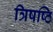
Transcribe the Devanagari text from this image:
त्रिषष्ठि